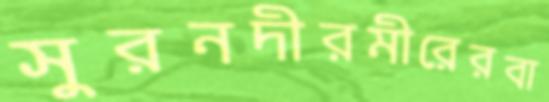
সুরনদীরমীরেরবা